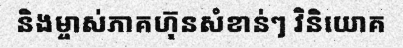
និងម្ចាស់ភាគហ៊ុនសំខាន់ៗ វិនិយោគ